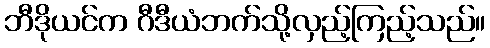
ဘီဒိုယင်က ဂီဒီယံဘက်သို့လှည့်ကြည့်သည်။